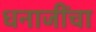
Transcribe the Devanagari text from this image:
धनाजींचा